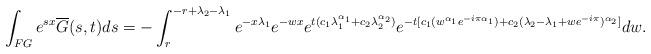
LaTeX: \begin{align*}\int_{FG}e^{sx}\overline{G}(s,t)ds=-\int_{r}^{-r+\lambda_2-\lambda_1}e^{-x\lambda_1}e^{-wx} e^{t(c_1\lambda_1^{\alpha_1}+c_2\lambda_2^{\alpha_2})}e^{-t[c_1(w^{\alpha_1}e^{-i\pi \alpha_1})+c_2(\lambda_2-\lambda_1+we^{-i\pi})^{\alpha_2}]}dw.\end{align*}